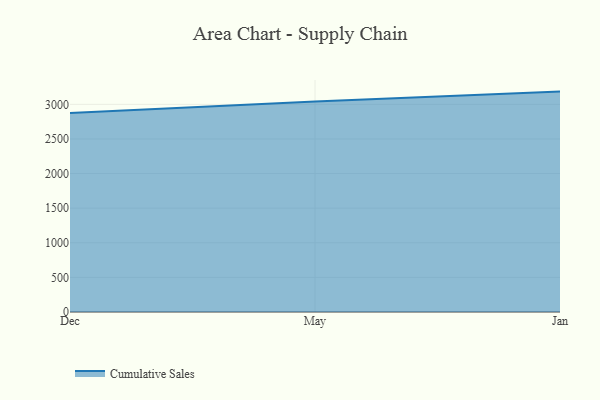
{"axis": {"x": "Month", "y": "Tickets Resolved"}, "legend": ["Cumulative Sales"], "data": [{"x": "Dec", "y": 2874.5, "type": "Cumulative Sales"}, {"x": "May", "y": 3042.1, "type": "Cumulative Sales"}, {"x": "Jan", "y": 3184.2, "type": "Cumulative Sales"}]}